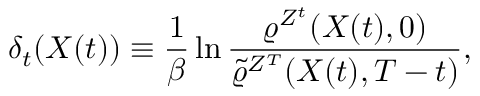
\delta _ { t } ( X ( t ) ) \equiv \frac { 1 } { \beta } \ln \frac { \varrho ^ { Z ^ { t } } ( X ( t ) , 0 ) } { \tilde { \varrho } ^ { Z ^ { T } } ( X ( t ) , T - t ) } ,